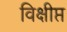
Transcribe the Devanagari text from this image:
विक्षीप्त